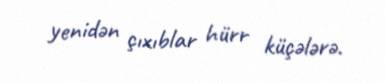
yenidən çıxıblar hürr küçələrə.